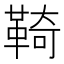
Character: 䩭